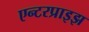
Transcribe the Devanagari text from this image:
एन्टरप्राइझ